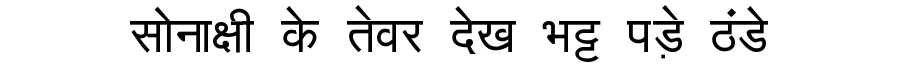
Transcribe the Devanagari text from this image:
सोनाक्षी के तेवर देख भट्ट पड़े ठंडे